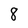
Character: 8